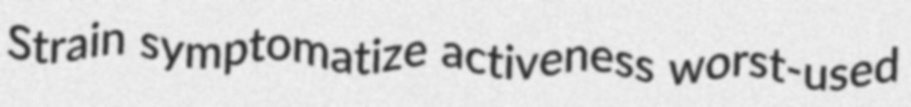
Strain symptomatize activeness worst-used